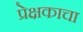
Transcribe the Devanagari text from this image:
प्रेक्षकाचा